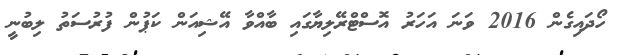
ހޯދައިގެން 2016 ވަނަ އަހަރު އޮސްޓްރޭލިޔާގައި ބާއްވާ އޭޝިއަން ކަޕުން ފުރުސަތު ލިބުނީ